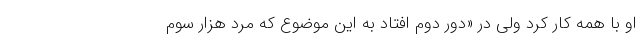
او با همه کار کرد ولی در «دور دوم افتاد به این موضوع که مرد هزار سوم